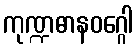
ကုဏ္ဍဓာနဝဂ္ဂေါ